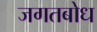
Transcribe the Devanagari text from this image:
जगतबोध